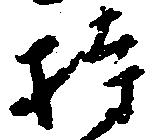
持